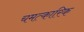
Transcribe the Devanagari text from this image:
चमत्‍कारिक